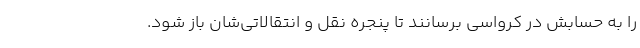
را به حسابش در کرواسی برسانند تا پنجره نقل و انتقالاتی‌شان باز شود.